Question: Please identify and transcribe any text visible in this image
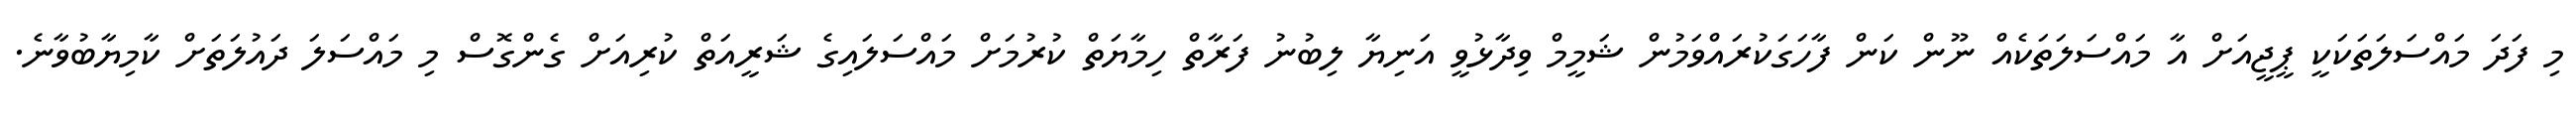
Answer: މި ފަދަ މައްސަލަތަކަކީ ޕީޖީއަށް އާ މައްސަލަތަކެއް ނޫން ކަން ފާހަގަކުރައްވަމުން ޝަމީމް ވިދާޅުވީ އަނިޔާ ލިބުނު ފަރާތް ހިމާޔަތް ކުރުމަށް މައްސަލައިގެ ޝަރީއަތް ކުރިއަށް ގެންގޮސް މި މައްސަލަ ދައުލަތަށް ކާމިޔާބުވާނެ.